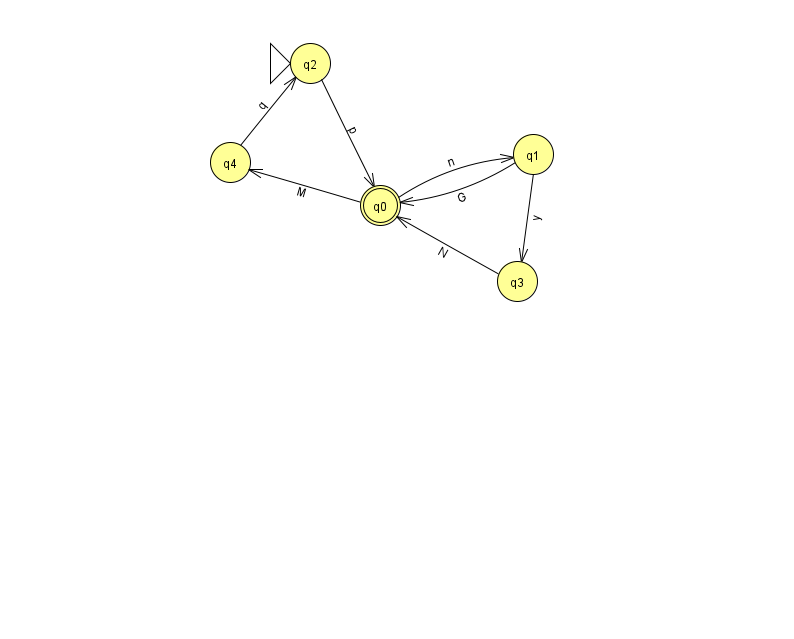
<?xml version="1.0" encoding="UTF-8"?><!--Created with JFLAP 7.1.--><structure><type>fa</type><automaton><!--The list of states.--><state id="0" name="q0"><x>380.0</x><y>192.0</y><final/></state><state id="1" name="q1"><x>533.0</x><y>141.0</y></state><state id="2" name="q2"><x>310.0</x><y>50.0</y><initial/></state><state id="3" name="q3"><x>517.0</x><y>268.0</y></state><state id="4" name="q4"><x>230.0</x><y>149.0</y></state><!--The list of transitions.--><transition><from>1</from><to>0</to><read>G</read></transition><transition><from>0</from><to>4</to><read>M</read></transition><transition><from>4</from><to>2</to><read>q</read></transition><transition><from>0</from><to>1</to><read>n</read></transition><transition><from>3</from><to>0</to><read>N</read></transition><transition><from>1</from><to>3</to><read>y</read></transition><transition><from>2</from><to>0</to><read>p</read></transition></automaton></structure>